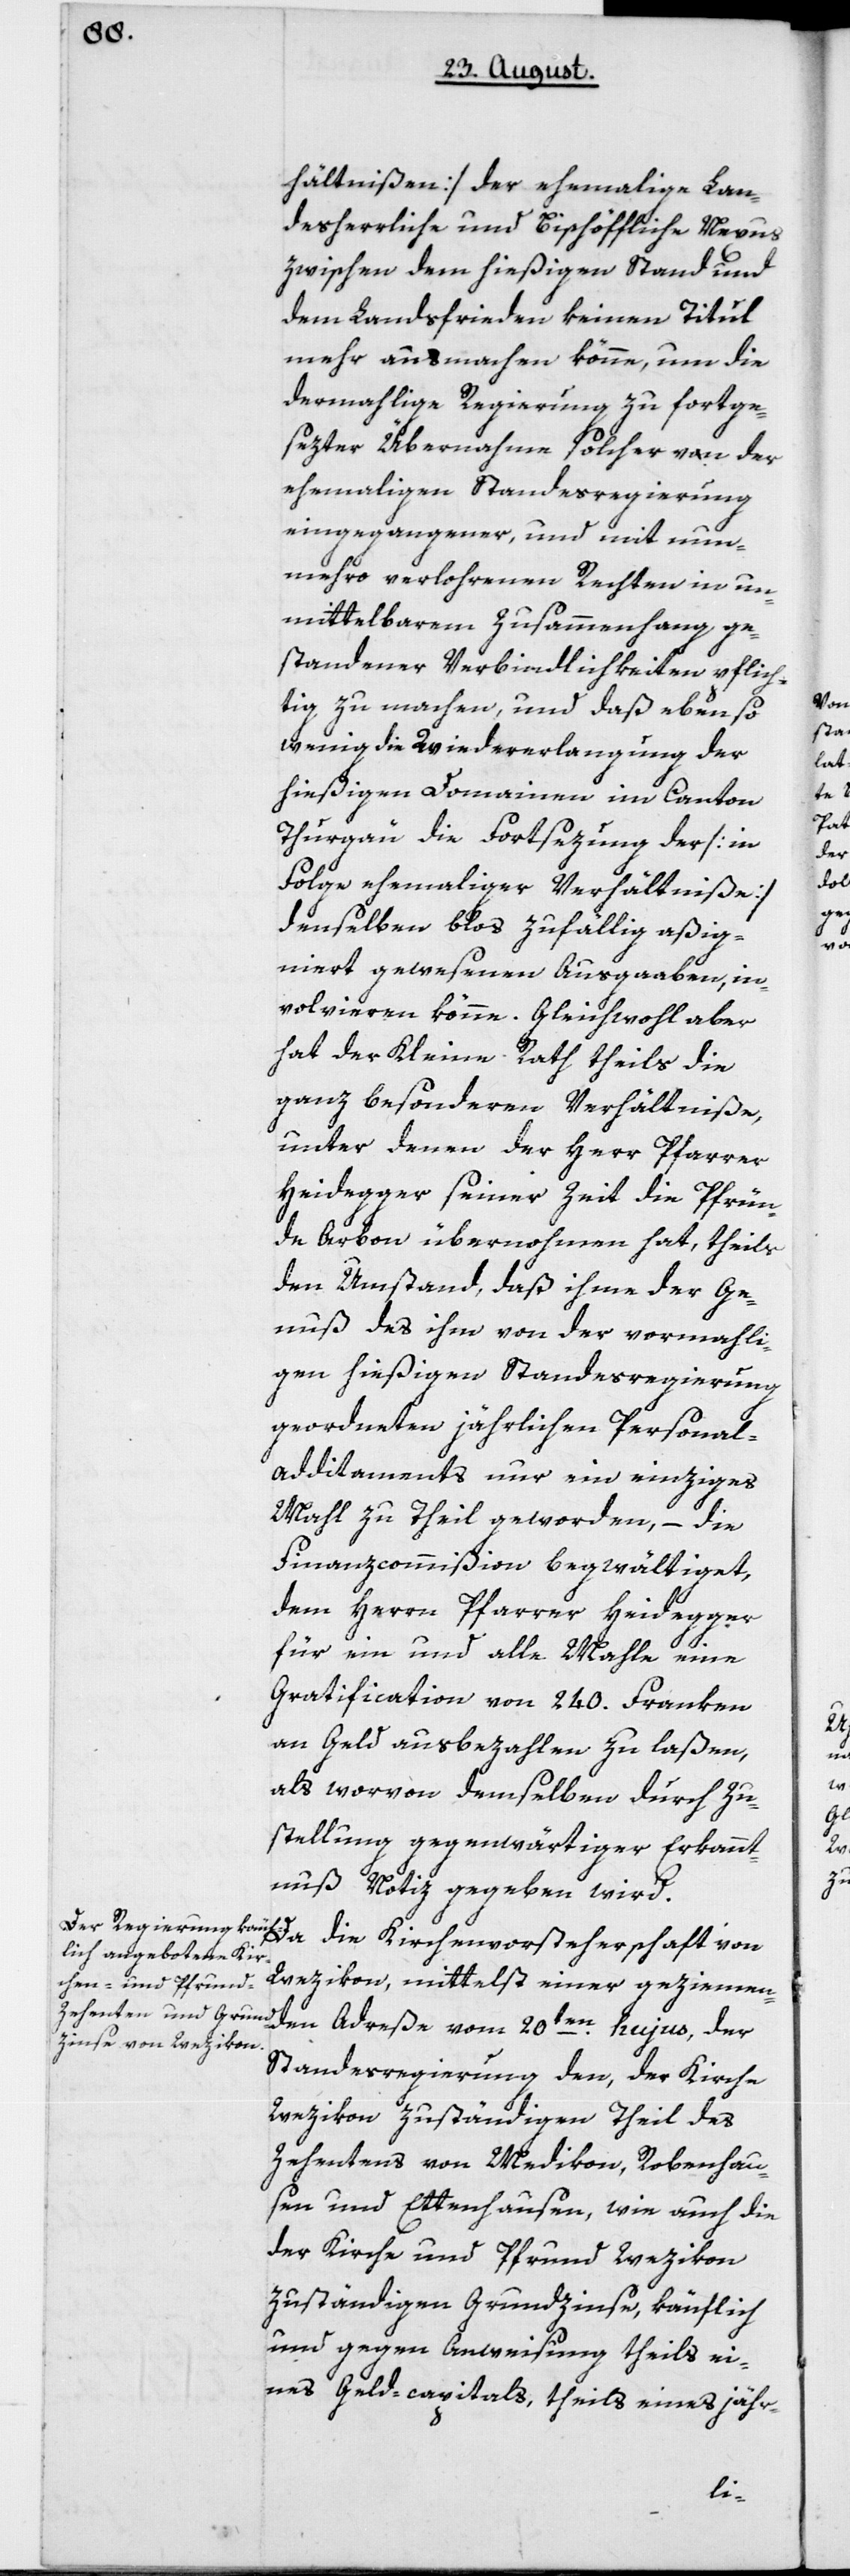
hältnißen] der ehemalige lan¬
desherrliche und Bischöfliche Nexus
zwischen dem hießigen Stand und
dem Landsfrieden keinen Titul
mehr ausmachen könne, um die
dermahlige Regierung zu fortge¬
sezter Übernahme solcher von der
ehemaligen Standesregierung
eingegangener und mit nun¬
mehro verlohrenen Rechten in un¬
mittelbarem Zusammenhang ge¬
standener Verbindlichkeiten pflich¬
tig zu machen, und daß eben so
wenig die Wiedererlangung der
hießigen Domainen im Canton
Thurgau die Fortsezung der [in
Folge ehemaliger Verhältniße]
denselben bloß zufällig aßig¬
niert gewesenen Ausgaaben, in¬
volvieren könne. Gleichwohl aber
hat der Kleine Rath theils die
ganz besonderen Verhältniße,
unter denen der Herr Pfarrer
Heidegger seiner Zeit die Pfrün¬
de Arbon übernohmen hat, theils
den Umstand, daß ihme der Ge¬
nuß des ihm von der vormali¬
gen hießigen Standesregierung
geordneten jährlichen Personal-A¬
dditaments nur ein einziges
Mahl zu Theil geworden, – die
Finanzcommißion begwältiget,
dem Herrn Pfarrer Heidegger
für ein und alle Mahle eine
Gratification von 240 Franken
an Geld ausbezahlen zu laßen,
als worvon demselben durch Zu¬
stellung gegenwärtiger Erkannt¬
nuß Notiz gegeben wird.
Da die Kirchenvorsteherschaft von
Wezikon, mittelst einer geziemen¬
den Adreße vom 20ten hujus, der
Standesregierung den, der Kirche
Wezikon zuständigen Theil des
Zehentens von Medikon, Robenhau¬
sen und Ettenhausen, wie auch die
der Kirche und Pfrund Wezikon
zuständigen Grundzinse, käuflich
und gegen Anweisung theils ei¬
nes Geld-capitals, theils eines jähr-